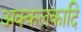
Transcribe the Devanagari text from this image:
अक्कलकादि